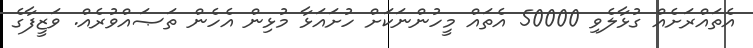
އެތައްރަށެއް ގުޅާލެވި 50000 އެތައް މީހުންނަކަށް ހުށައަޅާ މުޅިން އެހެން ތަޞައްވުރެއް. ވަޒީފާގެ